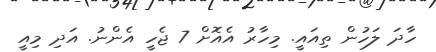
ހާދަ ލަހުން ތިއައީ. މިހާރު އެއޮށް 7 ޖެހީ އެންނު. އަދި މިއީ